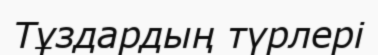
Тұздардың түрлерi